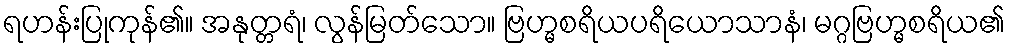
ရဟန်းပြုကုန်၏။ အနုတ္တရံ၊ လွန်မြတ်သော။ ဗြဟ္မစရိယပရိယောသာနံ၊ မဂ္ဂဗြဟ္မစရိယ၏